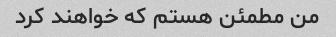
من مطمئن هستم که خواهند کرد